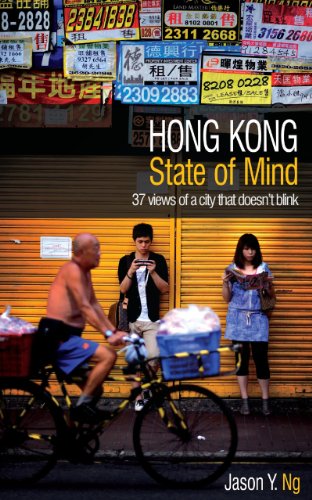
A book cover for Hong Kong State of Mind: 37 Views of a City That Doesn't Blink; Jason Y. Ng; History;